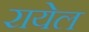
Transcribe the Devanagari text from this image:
रायेल